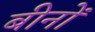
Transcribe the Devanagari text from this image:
बीनों